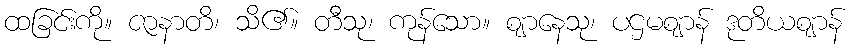
ထခြင်းကို။ ဇာနာတိ၊ သိ၏။ တီသု၊ ကုန်သော။ ဈာနေသု၊ ပဌမဈာန် ဒုတိယဈာန်